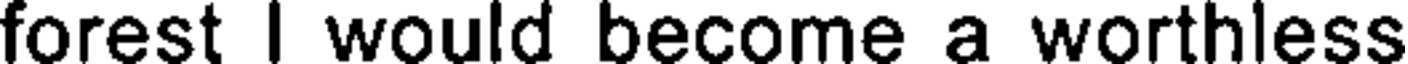
forest I would become a worthless